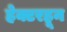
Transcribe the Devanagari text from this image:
हेक्टरहून